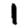
Digit: 1